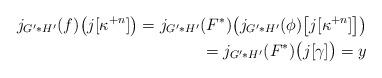
LaTeX: \begin{align*}j_{G'*H'}(f) \big( j[\kappa^{+n}] \big) = j_{G'*H'}(F^*) \big( j_{G'*H'}(\phi)\big[ j[\kappa^{+n}] \big] \big) \\=j_{G'*H'}(F^*)\big( j[\gamma] \big) =y\end{align*}